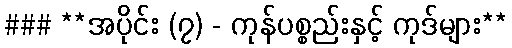
### **အပိုင်း (၇) - ကုန်ပစ္စည်းနှင့် ကုဒ်များ**